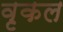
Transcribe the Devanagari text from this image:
वृकल